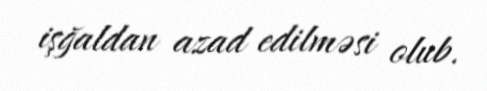
işğaldan azad edilməsi olub.